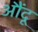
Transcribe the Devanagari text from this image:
औंदू